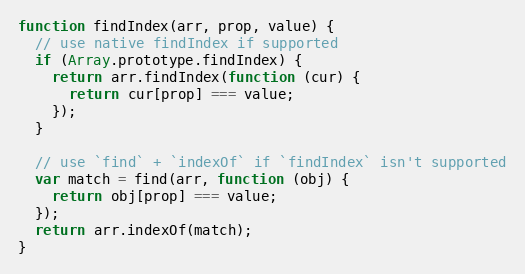
Language: JavaScript
function findIndex(arr, prop, value) {
  // use native findIndex if supported
  if (Array.prototype.findIndex) {
    return arr.findIndex(function (cur) {
      return cur[prop] === value;
    });
  }

  // use `find` + `indexOf` if `findIndex` isn't supported
  var match = find(arr, function (obj) {
    return obj[prop] === value;
  });
  return arr.indexOf(match);
}